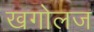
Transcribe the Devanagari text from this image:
खगोलज